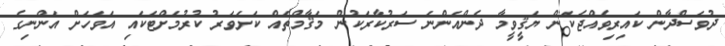
ދުވަސްދާން ކައިރިވެއްޖެކަން ޔަޤީވީމާ ދެންއަންނަ ސަރުކާރަކުން މަޤާމްތައް ކަށަވަރު ކުރުމަށްޓަކައި އަވަހަށް އަންނިގެ